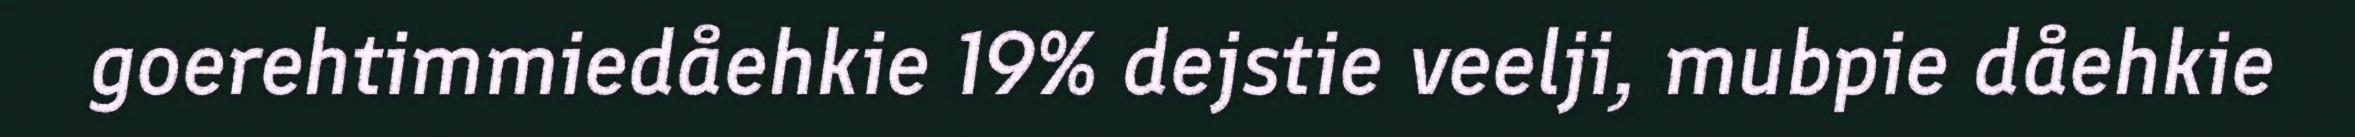
goerehtimmiedåehkie 19% dejstie veelji, mubpie dåehkie